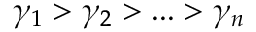
\gamma _ { 1 } > \gamma _ { 2 } > . . . > \gamma _ { n }